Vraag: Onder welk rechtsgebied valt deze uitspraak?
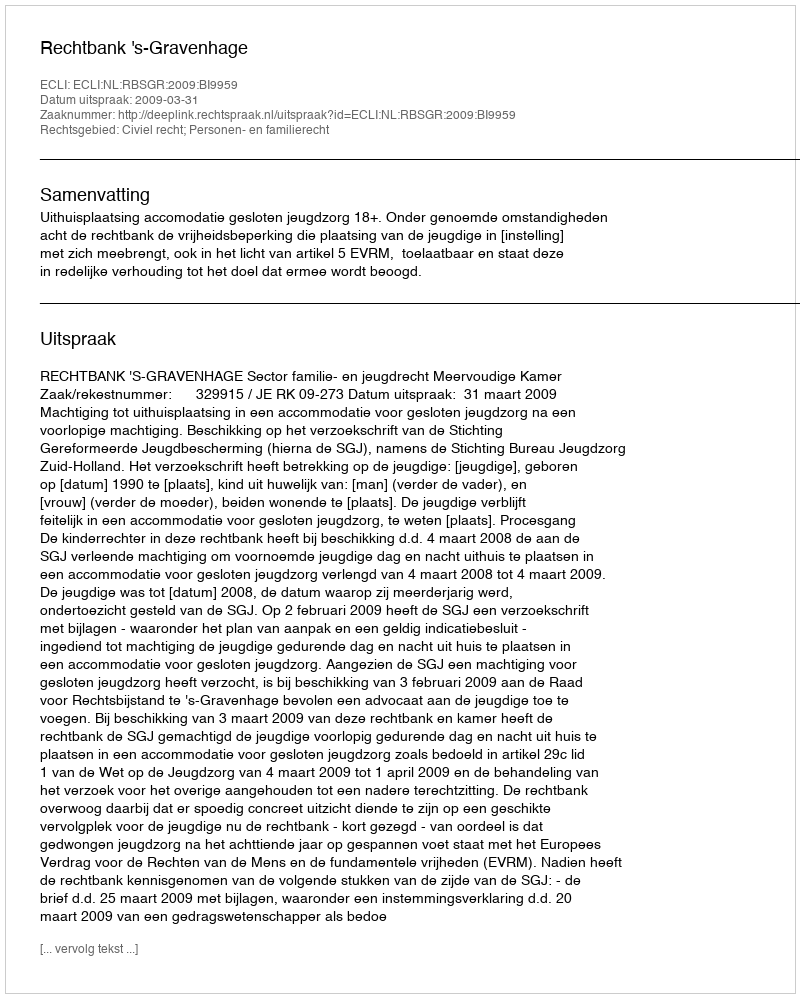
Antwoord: Civiel recht; Personen- en familierecht